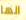
انها